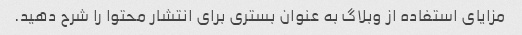
مزایای استفاده از وبلاگ به عنوان بستری برای انتشار محتوا را شرح دهید.